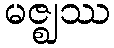
မဇ္ဈဿ